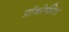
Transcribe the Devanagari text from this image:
प्रॉकोफीव